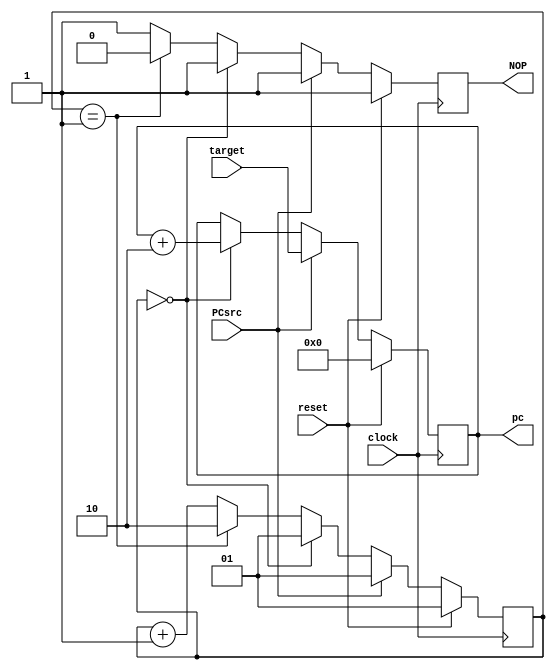
module PCLogic(
		pc,		// current pc value
		clock,	// clock input
		target,	// from sign extend circuit
		PCsrc,
		NOP,
		reset		// reset input
		);


output [15:0] pc;
output NOP;
input clock;
input reset;
input PCsrc;
input [15:0] target;

reg [15:0] pc; 
reg [1:0] state;
wire [15:0] target;
reg NOP;
wire PCsrc;

												    
// Program counter pc is updated
//   * if reset = 0 then pc = 0
//   * otherwise pc = pc +2
// What's missing is how pc is updated when a branch occurs

always @(posedge clock)
	begin
	if (reset==1) 
        begin
           pc <= 0;
           state <= 1;
           NOP <= 1;
        end
	else if (PCsrc == 1) 
        begin 
           pc <= target;
           state <= 1;
           NOP <= 1;
        end
	else if (state == 0) 
        begin 
            pc <= pc+2;
            state <= 1;
            NOP <= 1;
        end
    else if (state == 1)
        begin
            pc <= pc;
            NOP <= 0;
            state <= 2;
        end
    else
        begin
            pc <= pc;
            NOP <= 1;
            state <= state + 1;
        end
	end
		
endmodule